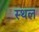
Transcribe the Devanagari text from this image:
स्थल